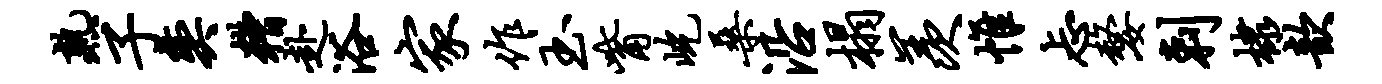
熟子奕糟赴浴家作玉觜屹桑沿榻羡帷忐嫠剌棣歆